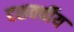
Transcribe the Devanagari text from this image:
दशवर्षीय